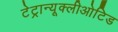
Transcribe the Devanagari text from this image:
टेट्रान्यूक्लीओटिड